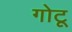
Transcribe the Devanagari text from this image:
गोटू